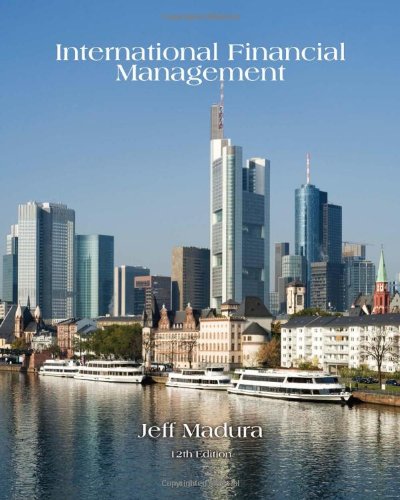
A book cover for International Financial Management; Jeff Madura; Business & Money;